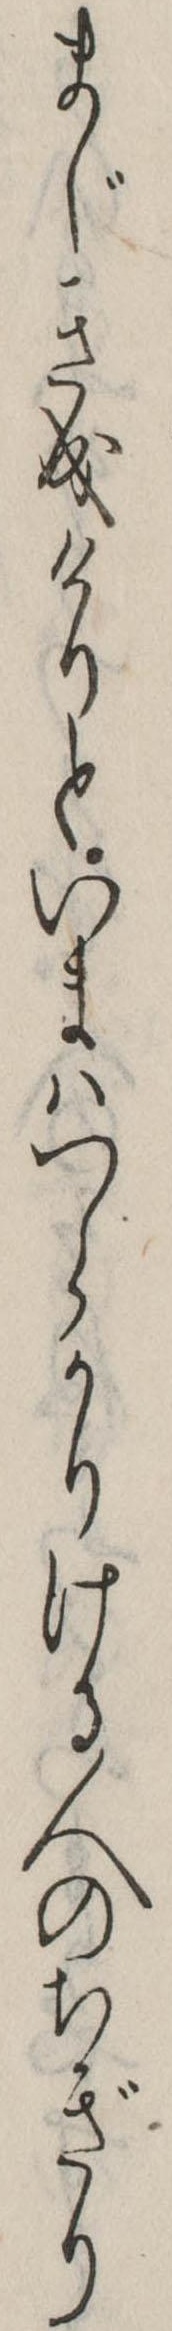
まじき成けりといまはつらかりける人のちぎり